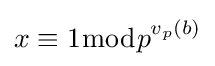
x\equiv 1{\bmod {p}}^{v_{p}(b)}